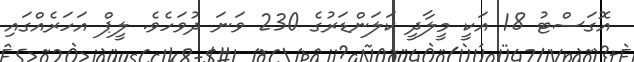
އޮގަސްޓު 18 އަކީ މީލާދީ ކަލަންޑަރުގެ 230 ވަނަ ދުވަހެވެ. ލީޕް އަހަރެއްގައި